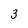
Character: 3